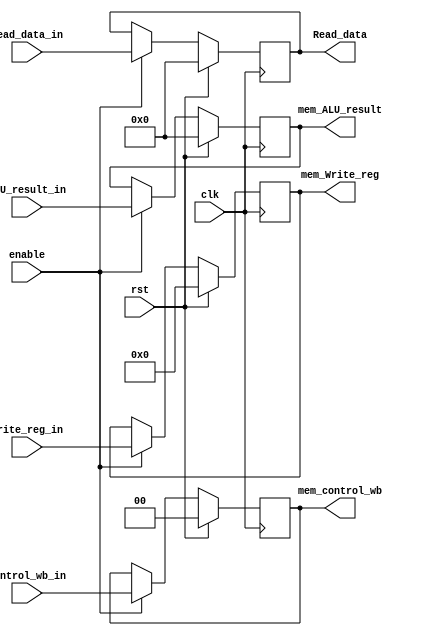
`timescale 1ns / 1ps

////////////////////////////////////////////////////////////////////////////////
// Company:       Universidad Nacional de Cordoba
//                Nicolas Quinteros Castilla
//
// Module Name:   MEM_WB
// Project Name:  MIPS
// Description:   The MIPS MEM/WB register (latch) of the MEMORY (MEM) stage.
//
// Dependencies:  None.
//
////////////////////////////////////////////////////////////////////////////////

module MEM_WB(
	input  clk, 
	input  rst,
	input  enable,
	input  [1:0]  control_wb_in,
	input  [31:0] Read_data_in,
	input  [31:0] ALU_result_in,
	input  [4:0]  Write_reg_in,
	output reg [1:0]  mem_control_wb,
	output reg [31:0] Read_data,
	output reg [31:0] mem_ALU_result,
	output reg [4:0]  mem_Write_reg);

	// Initialize outputs to defaults.
	initial
		begin
			mem_control_wb <= 0;
			Read_data      <= 0;
			mem_ALU_result <= 0;
			mem_Write_reg  <= 0;
		end
		
	// Update outputs.
	always @ (posedge clk)
        if(rst)
        begin
            mem_control_wb <= 0;
            Read_data      <= 0;
            mem_ALU_result <= 0;
            mem_Write_reg  <= 0;
        end
        else if (enable)
		begin
			mem_control_wb <= control_wb_in;
			Read_data      <= Read_data_in;
			mem_ALU_result <= ALU_result_in;
			mem_Write_reg  <= Write_reg_in;
		end
endmodule